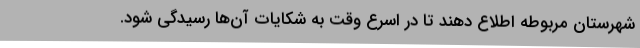
شهرستان مربوطه اطلاع دهند تا در اسرع وقت به شکایات آن‌ها رسیدگی شود.